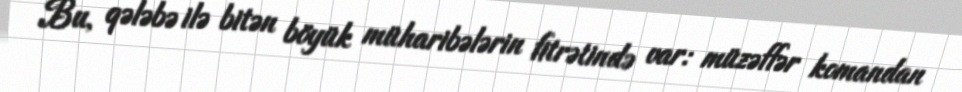
Bu, qələbə ilə bitən böyük müharibələrin fitrətində var: müzəffər komandan